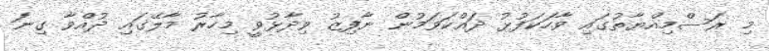
މި ރަސްމިއްޔާތުގައި ވާހަކަފުޅު ދައްކަވަމުން ނާފިޒު ވިދާޅުވީ މިހާރު މާލޭގައި ދުއްވާ ގިނަ